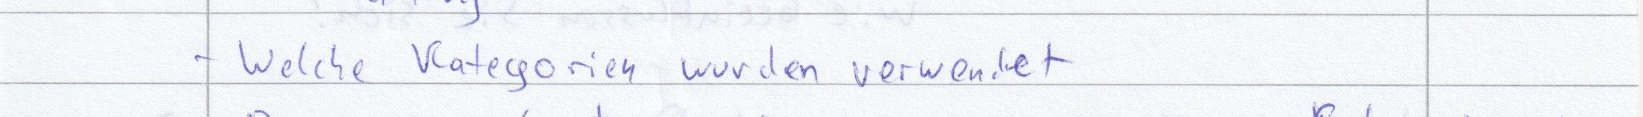
- Welche Kategorien wurden verwendet